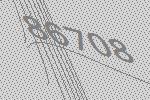
86708